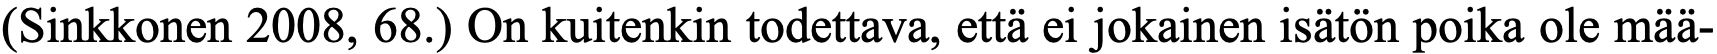
(Sinkkonen 2008, 68.) On kuitenkin todettava, että ei jokainen isätön poika ole mää-